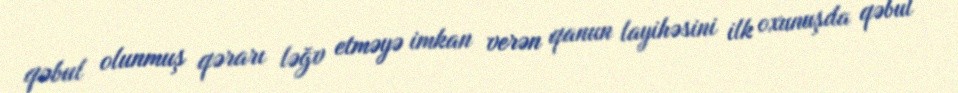
qəbul olunmuş qərarı ləğv etməyə imkan verən qanun layihəsini ilk oxunuşda qəbul